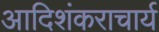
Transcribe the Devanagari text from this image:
आदिशंकराचार्य